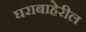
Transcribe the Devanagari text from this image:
घराबाहेरील